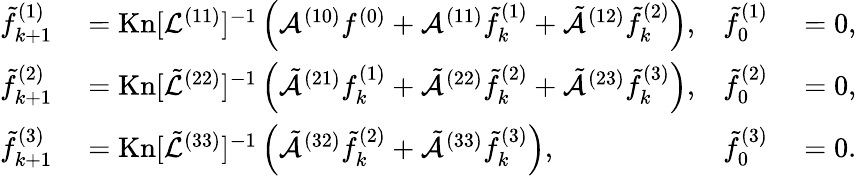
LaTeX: \begin{array}{rlrl}{\tilde{f}_{k+1}^{(1)}}&{{}=\mathrm{Kn}[\mathcal{L}^{(11)}]^{-1}\left(\mathcal{A}^{(10)}f^{(0)}+\mathcal{A}^{(11)}\tilde{f}_{k}^{(1)}+\tilde{\mathcal{A}}^{(12)}\tilde{f}_{k}^{(2)}\right),}&{\tilde{f}_{0}^{(1)}}&{{}=0,}\\ {\tilde{f}_{k+1}^{(2)}}&{{}=\mathrm{Kn}[\tilde{\mathcal{L}}^{(22)}]^{-1}\left(\tilde{\mathcal{A}}^{(21)}f_{k}^{(1)}+\tilde{\mathcal{A}}^{(22)}\tilde{f}_{k}^{(2)}+\tilde{\mathcal{A}}^{(23)}\tilde{f}_{k}^{(3)}\right),}&{\tilde{f}_{0}^{(2)}}&{{}=0,}\\ {\tilde{f}_{k+1}^{(3)}}&{{}=\mathrm{Kn}[\tilde{\mathcal{L}}^{(33)}]^{-1}\left(\tilde{\mathcal{A}}^{(32)}\tilde{f}_{k}^{(2)}+\tilde{\mathcal{A}}^{(33)}\tilde{f}_{k}^{(3)}\right),}&{\tilde{f}_{0}^{(3)}}&{{}=0.}\end{array}